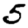
Digit: 5